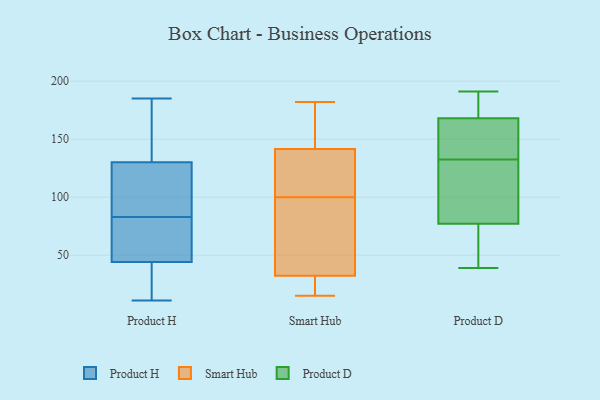
{"axis": {"x": "Latency (ms)", "y": "Value"}, "legend": ["Product D", "Product H", "Smart Hub"], "data": [{"x": "", "y": 178, "type": "Product H"}, {"x": "", "y": 13, "type": "Product H"}, {"x": "", "y": 102, "type": "Product H"}, {"x": "", "y": 75, "type": "Product H"}, {"x": "", "y": 65, "type": "Product H"}, {"x": "", "y": 44, "type": "Product H"}, {"x": "", "y": 11, "type": "Product H"}, {"x": "", "y": 34, "type": "Product H"}, {"x": "", "y": 137, "type": "Product H"}, {"x": "", "y": 91, "type": "Product H"}, {"x": "", "y": 180, "type": "Product H"}, {"x": "", "y": 19, "type": "Product H"}, {"x": "", "y": 114, "type": "Product H"}, {"x": "", "y": 130, "type": "Product H"}, {"x": "", "y": 120, "type": "Product H"}, {"x": "", "y": 47, "type": "Product H"}, {"x": "", "y": 185, "type": "Product H"}, {"x": "", "y": 51, "type": "Product H"}, {"x": "", "y": 130, "type": "Smart Hub"}, {"x": "", "y": 108, "type": "Smart Hub"}, {"x": "", "y": 15, "type": "Smart Hub"}, {"x": "", "y": 100, "type": "Smart Hub"}, {"x": "", "y": 22, "type": "Smart Hub"}, {"x": "", "y": 109, "type": "Smart Hub"}, {"x": "", "y": 35, "type": "Smart Hub"}, {"x": "", "y": 182, "type": "Smart Hub"}, {"x": "", "y": 176, "type": "Smart Hub"}, {"x": "", "y": 84, "type": "Smart Hub"}, {"x": "", "y": 90, "type": "Smart Hub"}, {"x": "", "y": 24, "type": "Smart Hub"}, {"x": "", "y": 176, "type": "Smart Hub"}, {"x": "", "y": 132, "type": "Product D"}, {"x": "", "y": 77, "type": "Product D"}, {"x": "", "y": 88, "type": "Product D"}, {"x": "", "y": 144, "type": "Product D"}, {"x": "", "y": 177, "type": "Product D"}, {"x": "", "y": 138, "type": "Product D"}, {"x": "", "y": 47, "type": "Product D"}, {"x": "", "y": 168, "type": "Product D"}, {"x": "", "y": 80, "type": "Product D"}, {"x": "", "y": 133, "type": "Product D"}, {"x": "", "y": 184, "type": "Product D"}, {"x": "", "y": 75, "type": "Product D"}, {"x": "", "y": 39, "type": "Product D"}, {"x": "", "y": 169, "type": "Product D"}, {"x": "", "y": 43, "type": "Product D"}, {"x": "", "y": 137, "type": "Product D"}, {"x": "", "y": 191, "type": "Product D"}, {"x": "", "y": 77, "type": "Product D"}]}